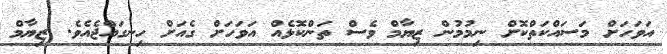
އަވަހަށް މަސައްކަތްކޮށް ނިމުމުން ޒިޔާމް ވެސް ތަންކޮޅެއް އަވަހަށް ގެއަށް ހިނގައްޖެއެވެ. ޒިޔާމް